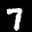
Label: 7